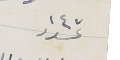
عدد ١٤٧